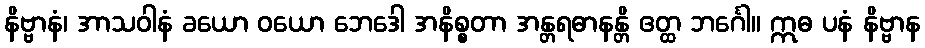
နိဗ္ဗာနံ၊ အာသဝါနံ ခယော ဝယော ဘေဒေါ အနိစ္စတာ အန္တရဓာနန္တိ ဧတ္ထ ဘင်္ဂေါ။ ဣဓ ပနံ နိဗ္ဗာန